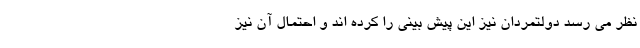
نظر می رسد دولتمردان نیز این پیش بینی را کرده اند و احتمال آن نیز